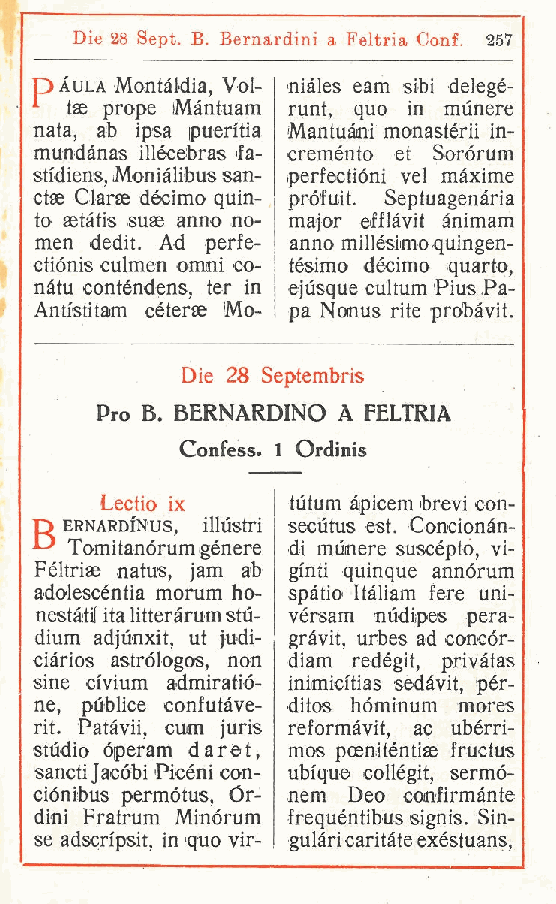
Die 28 Sept. B. Bernardini a Feltria Conf 257
 .
 D aula Montàldia, Vol- niàles eam sibi delegé-
 tse prope iMàntuam runt, quo in mùnere
 nata, ab ipsa ipuen'tia Mantuàni monastérii in-
 mundànas illécebras la- creménto et Sorórum
 sti'diens, Moniàlibus san- perfectióni vel màxime
 ctae Clarse dècimo quin- prófuit. Septuagenària
 to astàtis suae anno no- major efflàvit ànimam
 men dedit. Ad perfe- anno millèsimoquingen-
 ctiónis culmen omini co- tésimo dècimo quarto,
 nàtu conténdens, ter in ejùsque cultum Pius Pa-
 Anti'stitam céterae iMo- pa Nonus rite probàvit.
 Die 28 Septembris
 Pro B. BERNARDINO A FELTRIA
 Confess. 1 Ordinis
 Lectio ix   tùtum àpicem brevi con-
 D ERNARDIN'US, illustri secutus est. Concionàn-
 Tomitanórum gènere di miinere suscépto vi-
 ,
 Fèltriae natus, jam ab gfnti quinque annórum
 adolescéntia morum ho- spàtio Itàliam fere uni-
 nestàtil italitteràrumstu- vèrsam nudipes pera-
 dium adjùnxit ut judi- gràvit, urbes ad concór-
 ,
 ciàrios astrólogos, non diam redégit, privàtas
 sine civium admiratió- inimicitias sedàvit, pèr-
 ne, pùblice confutàve- ditos hóminum mores
 rit. Patàvii cum juris reformàvit, ac ubèrri-
 ,
 stùdio óperam darei, mos pcenitèntise iructus
 sancii Jacóbi Picèni con- ubfque collègit, sermó-
 ciónibus permótus, Ór- nem Deo confirmànte
 dini Fratrum Minórum frequéntibus signis. Sin-
 se adscripsit in quo vir- gulàri caritàte exèstuans,
 ,